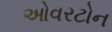
ઓવરટોન